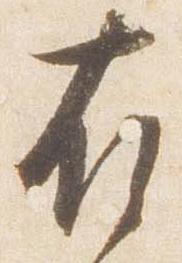
有